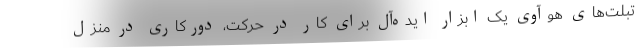
تبلت‌های هوآوی یک ابزار ایده‌آل برای کار در حرکت، دورکاری در منزل